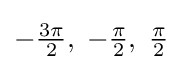
-{\tfrac {3\pi }{2}},\;-{\tfrac {\pi }{2}},\;{\tfrac {\pi }{2}}